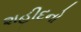
શહીદનો